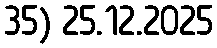
35) 25.12.2025